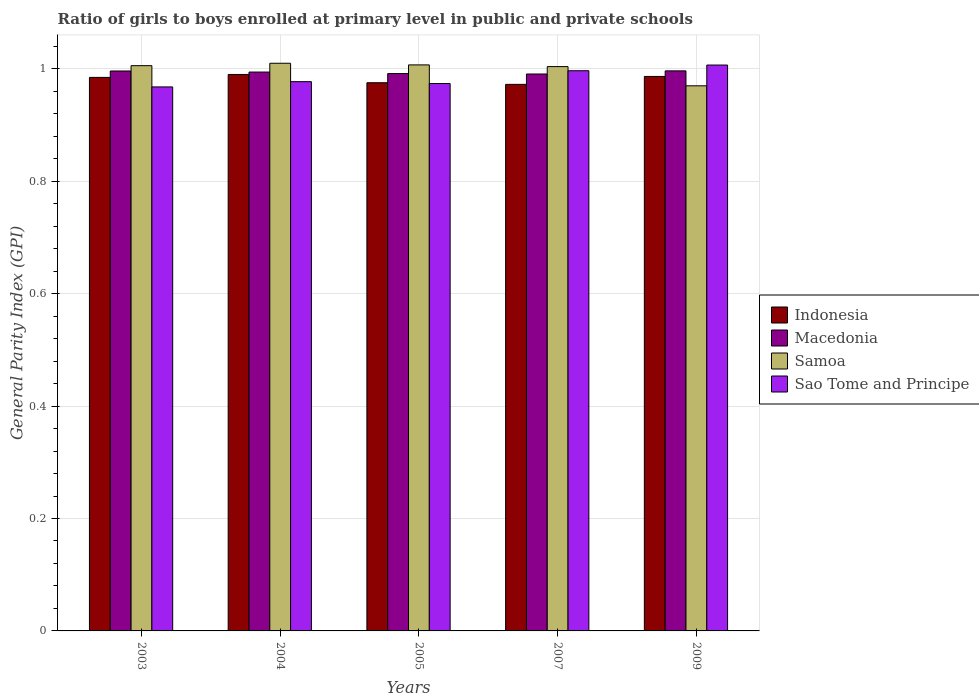
| Years | Indonesia | Macedonia | Samoa | Sao Tome and Principe |
 | --- | --- | --- | --- | --- |
 | 2003 | 0.985 | 0.996 | 1.01 | 0.968 |
 | 2004 | 0.99 | 0.994 | 1.01 | 0.977 |
 | 2005 | 0.975 | 0.992 | 1.01 | 0.974 |
 | 2007 | 0.972 | 0.991 | 1 | 0.997 |
 | 2009 | 0.987 | 0.997 | 0.97 | 1.01 |